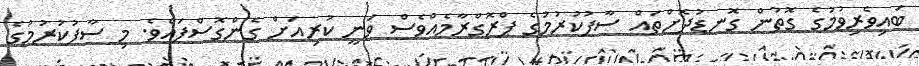
ބައިވެރިވުމުގެ ގޮތުން ގޮނޑުދޮށްތައް ސާފުކުރުމުގެ ޕްރޮގްރާމެއްވެސް ވަނީ ކުރިއަށް ގެންގޮސްފައެވެ. މި ސާފުކުރުމުގެ